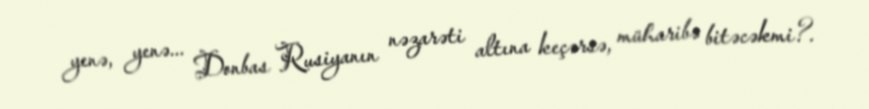
yenə, yenə... Donbas Rusiyanın nəzarəti altına keçərsə, müharibə bitəcəkmi?.